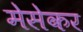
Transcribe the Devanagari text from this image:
मेसेकर